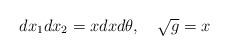
LaTeX: \begin{align*}dx_1 dx_2 = x dx d\theta ,\ \ \ \sqrt{g} = x \end{align*}